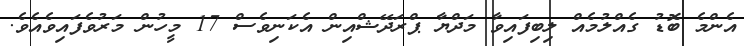
އެންމެ ބޮޑު ގެއްލުމެއް ލިބިފައިވާ މަދްޔާ ޕްރަދޭޝްއިން އެކަނިވެސް 17 މީހުން މަރުވެފައިވެއެވެ.